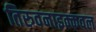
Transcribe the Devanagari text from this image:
तिरुवनाइक्कवल